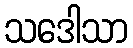
သဒေါသာ